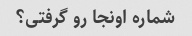
شماره اونجا رو گرفتی؟